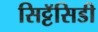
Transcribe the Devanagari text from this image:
सिट्टॅसिडी